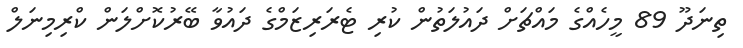
ތިނަދޫ 89 މީހެއްގެ މައްޗަށް ދައުލަތުން ކުރި ޓެރަރިޒަމްގެ ދައުވާ ބޭރުކޮށްލަން ކްރިމިނަލް